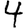
Digit: 4